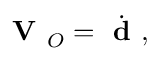
{ \textbf { V } } _ { O } = { \dot { \textbf { d } } } ,